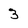
Character: 3